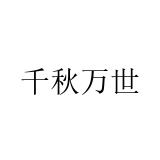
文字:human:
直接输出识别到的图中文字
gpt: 千秋万世